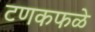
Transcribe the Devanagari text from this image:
टणकफळे